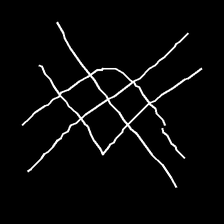
Glyph: crystal